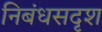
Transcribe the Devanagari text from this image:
निबंधसदृश